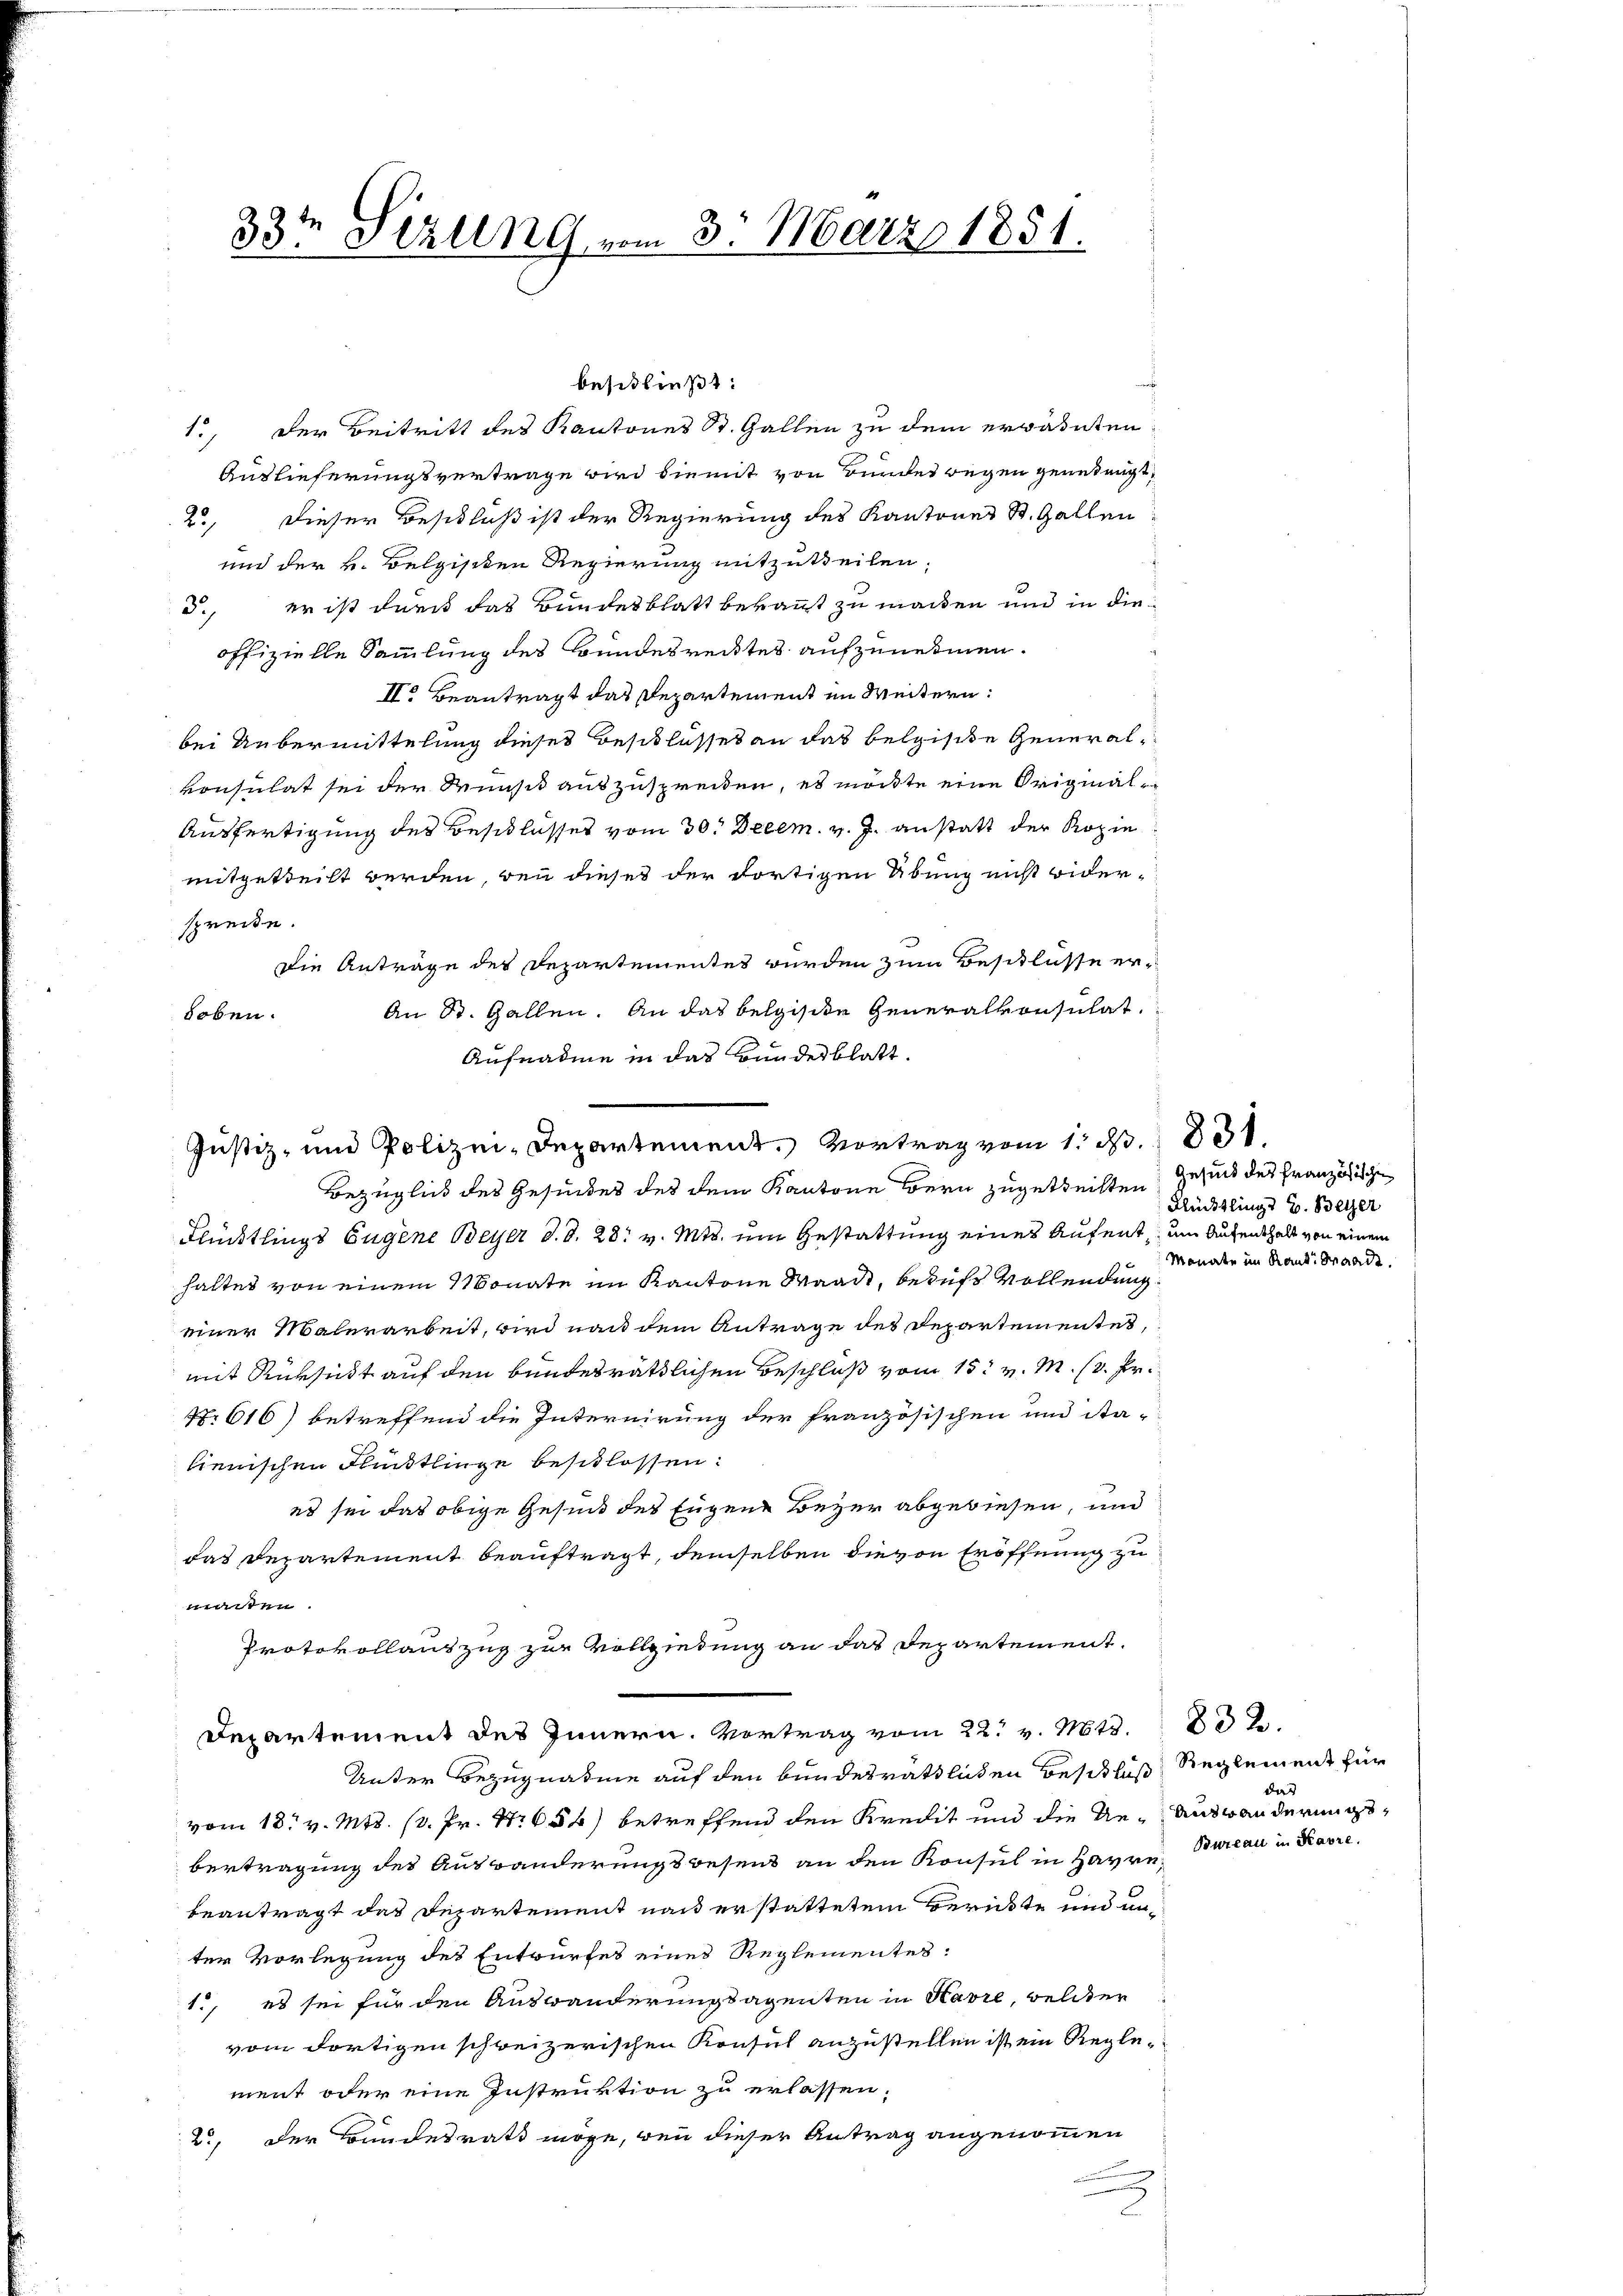
33t Serung vom 3. März 1851.

Auslieferungsvertrage wird diemit von Bundeswegen generengt,
25, dieser Beschluß ist der Regierung des Kantones St. Gallen
und der k. Belgischen Regierung mitzutheilen,
d., er ist durch das Bundesblatt bekannt zu machen und in die
offizielle Sammlung des Bundesrecktes aufzunehmen.
II. Beantragt das Departement im Weitern:
bei Uebermittelung dieses Beschlusses an das belgiste Generalvonsulat sei der Wunsch auszuspreiten, es möchte eine Original¬
Ausfertigung des Beschlusses vom 30. Decem. v. J. anstatt der Kopie
mitgeteilt werden, bei dieses der dortigen Übung nicht widerspreite.
Die Anträge des Departementes wurden zum Beschlüsse er¬
An Dr. Gallen. An das belgische Generalkonsulat
hoben.
Aufnahme in das Bundesblatt.

Justiz- und Polizei-Departement. Vortrag vom 1. ds.
Bezüglick des Gesiches des dem Kantone Bern zugetheilten

beschließt:
1., der Beitritt des Kantones St. Gallen zu dem erwähnten

Flüchtlings Eugene Beyer d. d. 28. v. Mts. um Gestattung eines Aufent, um Aufenthalt von einem
haltes von einem Monate im Kantone Waadt, beruft vollendung
einer Malerarbeit, wird nach dem Antrage des Departementes,
mit Rüksicht auf den bundesräthlichen Beschluß vom 15t v. M. (3. Fr.
Nr 616) betreffend die Internirung der französischen und Sta-
lienischen Fünktlinge beschlossen:
es sei das obige Gesind des Eugene Bezer abgewiesen, und
das Departement beauftragt, demselben die von Eröffnung zu
manten.
Protokollanzzug zur Vollziehung an das Departement

Departement des Innern. Vortrag vom 22. v. Mts.

Unter Bezugnahme auf den bundesräthlichen Beschluß
vom 18t v. Mts. pr. Pr. Nr. 654) betreffend den Kredit und die Ue-Auswanderungsbertragung des Auswanderungswesend an den Konsul in Havre, Bureau in Karre
beantragt das Departement nach erstattetem Berückte und unter Vorlegung des Entwurfes eines Reglementes:
1., es sei für den Auswanderungsagenten in Havre, welcher
vom dortigen schweizerischen Konsul anzustellen ist ein Regle-
ment oder eine Instruktion zu erlassen.
2., Der Bundesrath möge, wenn dieser Antrag angenommen

831.

Gesund des Französische
Flüchtlings V. Beyer
Monate im Rand Baade.

832.
Reglement für
das